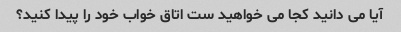
آیا می دانید کجا می خواهید ست اتاق خواب خود را پیدا کنید؟